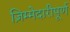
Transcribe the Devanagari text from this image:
ज़िम्मेदारीपूर्ण